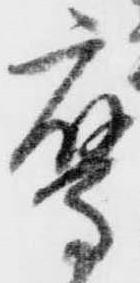
鷹